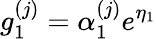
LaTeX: g_{1}^{(j)}=\alpha_{1}^{(j)}e^{\eta_{1}}